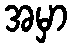
အမှာ